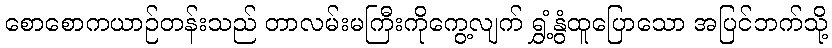
စောစောကယာဉ်တန်းသည် တာလမ်းမကြီးကိုကွေ့လျက် ရွှံ့နွံထူပြောသော အပြင်ဘက်သို့